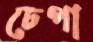
ঢেপা